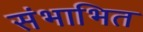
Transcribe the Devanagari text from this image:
संभाभित